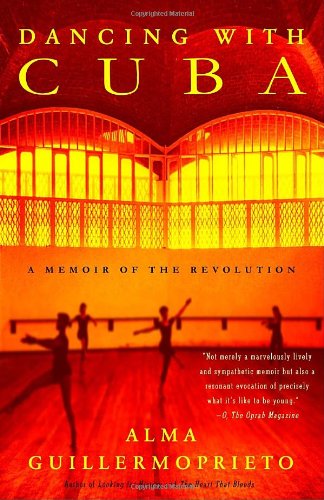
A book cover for Dancing with Cuba: A Memoir of the Revolution; Alma Guillermoprieto; Travel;